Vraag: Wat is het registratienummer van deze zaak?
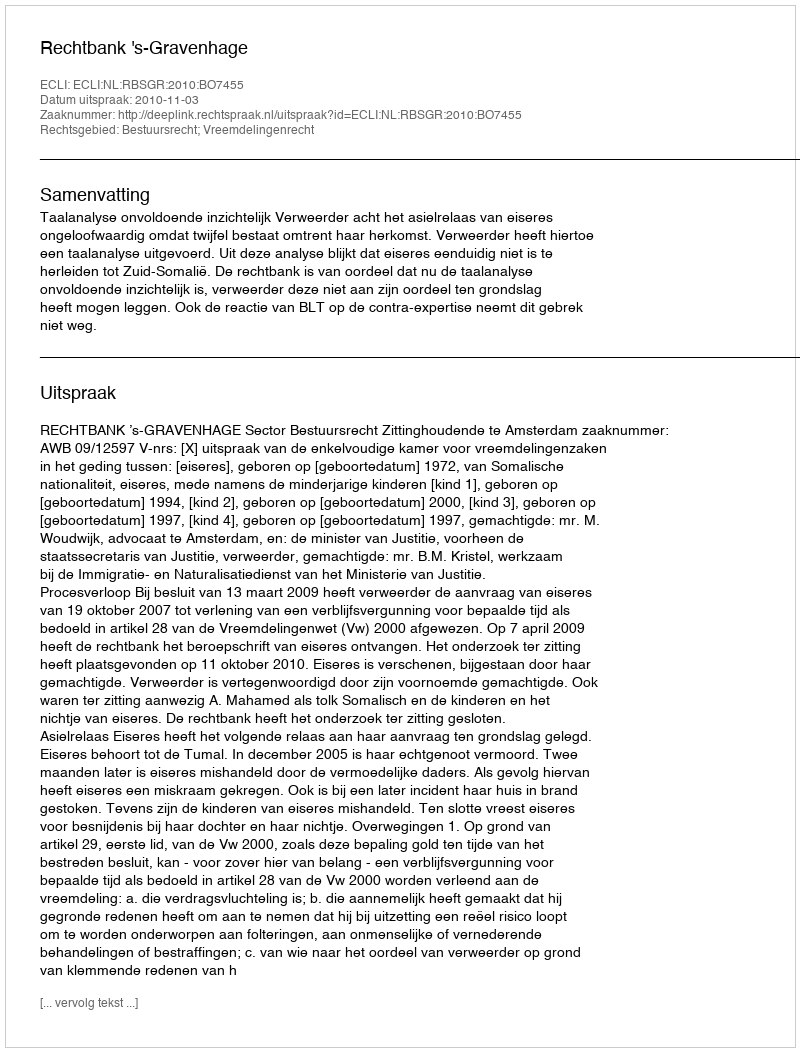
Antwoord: http://deeplink.rechtspraak.nl/uitspraak?id=ECLI:NL:RBSGR:2010:BO7455